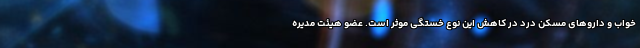
خواب و داروهای مسکن درد در کاهش این نوع خستگی موثر است. عضو هیئت مدیره